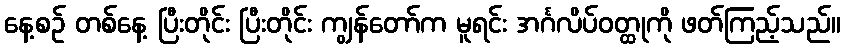
နေ့စဉ် တစ်နေ့ ပြီးတိုင်း ပြီးတိုင်း ကျွန်တော်က မူရင်း အင်္ဂလိပ်ဝတ္ထုကို ဖတ်ကြည့်သည်။